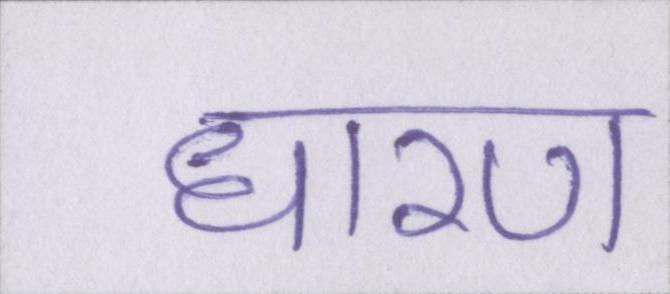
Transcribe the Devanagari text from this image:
धारण